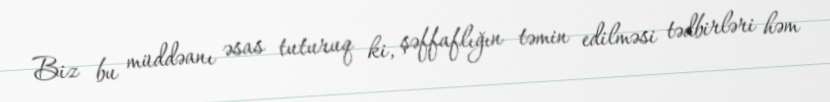
Biz bu müddəanı əsas tuturuq ki, şəffaflığın təmin edilməsi tədbirləri həm